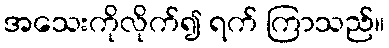
အသေးကိုလိုက်၍ ရက် ကြာသည်။